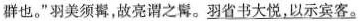
群也。”羽美须髯，故亮谓之髯 。\underline{羽省书大悦，以示宾客。}